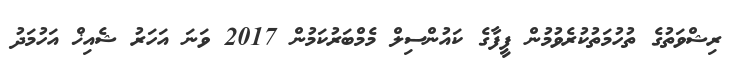
ރިޝްވަތުގެ ތުހުމަތުކުރެވުމުން ފީފާގެ ކައުންސިލް މެމްބަރުކަމުން 2017 ވަނަ އަހަރު ޝެއިޚް އަހުމަދު